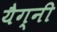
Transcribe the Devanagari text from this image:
यैग्नी